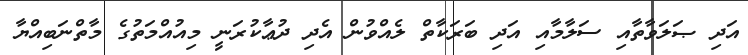
އަދި ޞަލަވާތާއި ސަލާމާއި އަދި ބަރަކާތް ލެއްވުން އެދި ދުޢާކުރަނީ މިއުއްމަތުގެ މާތްނަބިއްޔާ